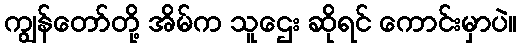
ကျွန်တော်တို့ အိမ်က သူဌေး ဆိုရင် ကောင်းမှာပဲ။